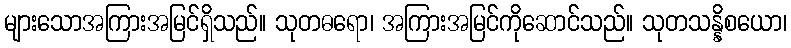
များသောအကြားအမြင်ရှိသည်။ သုတဓရော၊ အကြားအမြင်ကိုဆောင်သည်။ သုတသန္နိစယော၊